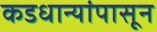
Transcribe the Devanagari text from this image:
कडधान्यांपासून